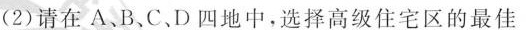
(2)请在A.B、C.D四地中，选择高级住宅区的最佳